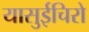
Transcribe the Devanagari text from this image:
यासुईचिरो